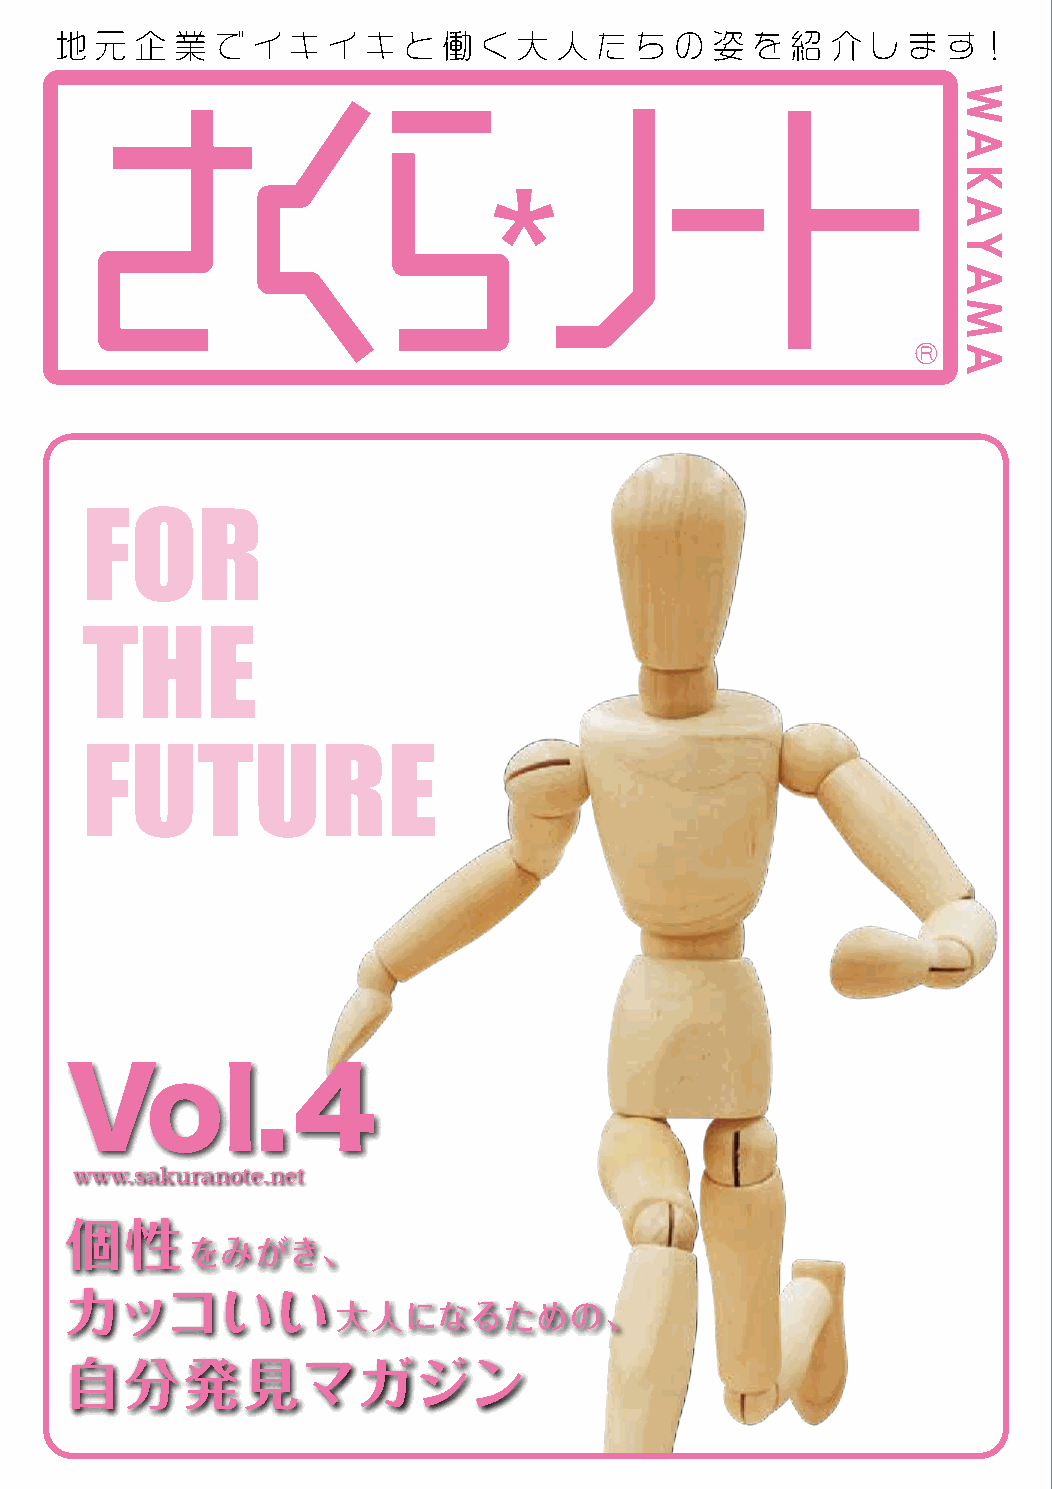
地 元  企  業 で  イ キ  イ キ  と 働  く大   人 た  ち  の 姿  を 紹  介 し  ま  す！
 和歌山
 さくらノートは、「郷土愛的キャリア教育」を支援する地元企業・団体様の
 ご協力により、和歌山市の中学・高校生の皆さんに無料でお届けしています。
 総合学習などで活用したり、家に持ち帰って、ご家族でお読みください。
 FOR
 さくらノートへの
 さくらノート和歌山
 ご意見、ご感想等を            ＷＥＢ版はこちら
 お寄せください
 https://sakuranote.net/area-wakayama/
 THE
 FUTURE
 SDGｓは「Sustainable Development Goals」の略称で、持続可能な開発目標
 と訳されます。2015年9月の国連サミットにおいて採択されました。世界共通の
 17の目標を2030年までに達成します。誰一人取り残さない社会の実現を目指し、
 経済、社会、環境をめぐる課題に、総合的に取り組むものです。
 さくらノート和歌山は、子どもたちに地域で働く先輩の姿や伝統的な文化を紹介
 Vol.4
 し「、質の高い教育」と「住み続けられるまちづくり」に貢献したいという思いで発
 行しています。その理念が、SDGｓの目標と共通する情報誌です。
 www.sakuranote.net                                                              現在、新型コロナウイルスの影響で世界的に厳しい状況ですが、少しでも地域を
 盛り上げていきたいと思っています。何卒よろしくお願いいたします。
 個性
 をみがき、
 カッコいい
 大人になるための、
 自分発見マガジン
 WAKAYAMA
 Vol.4
 SAKURA
 NOTE
 発行／株式会社ウイング
 本社
 〒640-8411
 和歌山市梶取17-2
 TEL.073-453-5700
 FAX.073-453-5522
 E-mail
 :
 mail@w-i-n-g.jp
 2021年7月1日
 発行
 発行人／松下
 忠
 編集長／宇治田
 健志
 ▲
 ▲